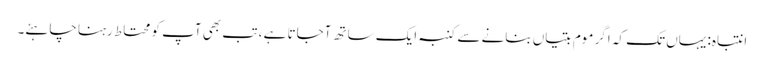
انتباہ: یہاں تک کہ اگر موم بتیاں بنانے سے کنبہ ایک ساتھ آجاتا ہے ، تب بھی آپ کو محتاط رہنا چاہئے۔